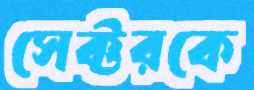
সেক্টরকে